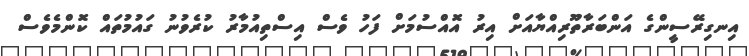
އިނގިރޭސީންގެ އަންބަރާތޫރިއްޔާއަށް އިރު އޮއްސުމަށް ފަހު ވެސް އިސްތިއުމާރު ކުރެވުނު ގައުމުތައް ކޮންމެވެސް